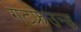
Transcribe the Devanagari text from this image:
गटफ्रेउन्ड